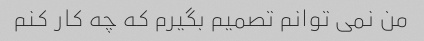
من نمی توانم تصمیم بگیرم که چه کار کنم